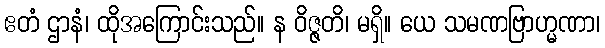
ဧတံ ဌာနံ၊ ထိုအကြောင်းသည်။ န ဝိဇ္ဇတိ၊ မရှိ။ ယေ သမဏဗြာဟ္မဏာ၊